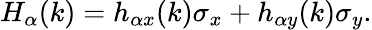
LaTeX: H_{\alpha}(k)=h_{\alpha x}(k)\sigma_{x}+h_{\alpha y}(k)\sigma_{y}.